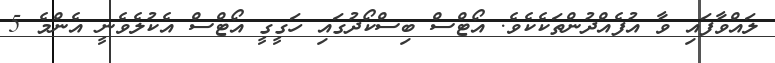
ލައްވާފައި ވާ އުފެއްދުންތަކެކެވެ. އޯޓްސް ބިސްކޯދުގައި ހަގީގީ އޯޓްސް އެކުލެވެނީ އެންމެ 5